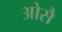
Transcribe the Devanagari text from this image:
ओसै